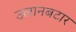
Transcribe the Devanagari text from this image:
उलानबटार